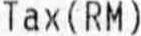
TAX(RM)